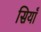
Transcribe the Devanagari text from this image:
सियाँ